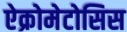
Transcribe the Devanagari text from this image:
ऐक्रोमेटोसिस